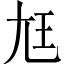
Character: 尪